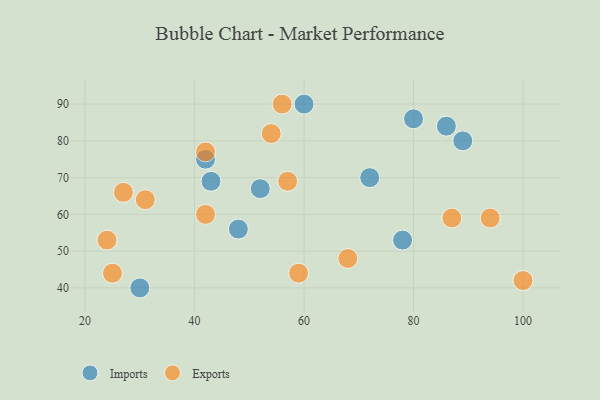
{"axis": {"x": "GDP", "y": "Life Expectancy"}, "legend": ["Exports", "Imports"], "data": [{"x": "78", "y": 53, "type": "Imports"}, {"x": "72", "y": 70, "type": "Imports"}, {"x": "89", "y": 80, "type": "Imports"}, {"x": "48", "y": 56, "type": "Imports"}, {"x": "42", "y": 75, "type": "Imports"}, {"x": "30", "y": 40, "type": "Imports"}, {"x": "80", "y": 86, "type": "Imports"}, {"x": "43", "y": 69, "type": "Imports"}, {"x": "52", "y": 67, "type": "Imports"}, {"x": "86", "y": 84, "type": "Imports"}, {"x": "60", "y": 90, "type": "Imports"}, {"x": "87", "y": 59, "type": "Exports"}, {"x": "59", "y": 44, "type": "Exports"}, {"x": "94", "y": 59, "type": "Exports"}, {"x": "68", "y": 48, "type": "Exports"}, {"x": "24", "y": 53, "type": "Exports"}, {"x": "25", "y": 44, "type": "Exports"}, {"x": "42", "y": 77, "type": "Exports"}, {"x": "100", "y": 42, "type": "Exports"}, {"x": "31", "y": 64, "type": "Exports"}, {"x": "57", "y": 69, "type": "Exports"}, {"x": "54", "y": 82, "type": "Exports"}, {"x": "42", "y": 60, "type": "Exports"}, {"x": "56", "y": 90, "type": "Exports"}, {"x": "27", "y": 66, "type": "Exports"}]}